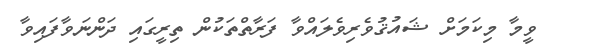
ވީމާ މިކަމަށް ޝައުޤުވެރިވެލައްވާ ފަރާތްތަކުން ތިރީގައި ދަންނަވާފައިވާ